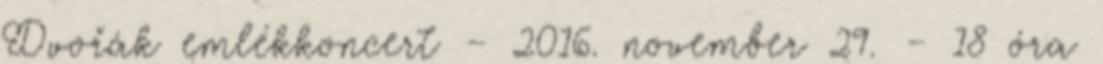
Dvořák emlékkoncert – 2016. november 29. – 18 óra